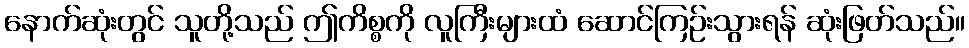
နောက်ဆုံးတွင် သူတို့သည် ဤကိစ္စကို လူကြီးများထံ ဆောင်ကြဉ်းသွားရန် ဆုံးဖြတ်သည်။